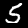
Digit: 5